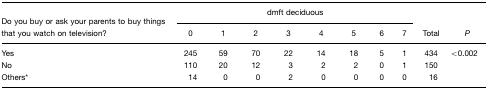
<table><thead><tr><td rowspan="3"><b>Do you buy or ask your parents to buy things that you watch on television?</b></td><td colspan="8"><b>dmft deciduous</b></td><td></td><td></td></tr><tr><td><b>0</b></td><td><b>1</b></td><td><b>2</b></td><td><b>3</b></td><td><b>4</b></td><td><b>5</b></td><td><b>6</b></td><td><b>7</b></td><td><b>Total</b></td><td><b><i>P</i></b></td></tr></thead><tbody><tr><td>Yes</td><td>245</td><td>59</td><td>70</td><td>22</td><td>14</td><td>18</td><td>5</td><td>1</td><td>434</td><td>&lt;0.002</td></tr><tr><td>No</td><td>110</td><td>20</td><td>12</td><td>3</td><td>2</td><td>2</td><td>0</td><td>1</td><td>150</td><td></td></tr><tr><td>Others*</td><td>14</td><td>0</td><td>0</td><td>2</td><td>0</td><td>0</td><td>0</td><td>0</td><td>16</td><td></td></tr></tbody></table>